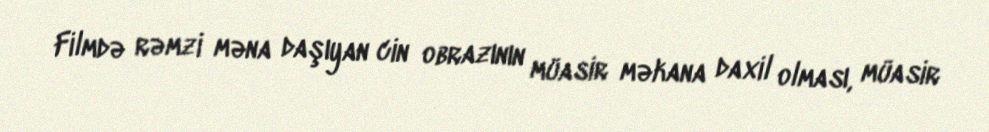
Filmdə rəmzi məna daşıyan cin obrazının müasir məkana daxil olması, müasir